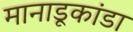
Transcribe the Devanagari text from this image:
मानाडूकांडा